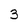
Character: 3